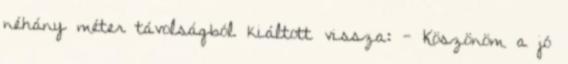
néhány méter távolságból kiáltott vissza: - Köszönöm a jó